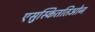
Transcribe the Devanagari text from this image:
एसुस्किततिओन